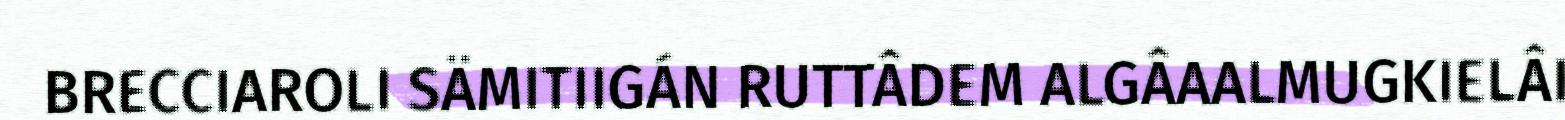
BRECCIAROLI SÄMITIIGÁN RUTTÂDEM ALGÂAALMUGKIELÂI